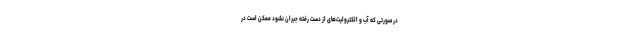
در صورتی که آب و الکترولیت‌های از دست رفته جبران نشود ممکن است در